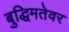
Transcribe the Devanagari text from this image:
बुद्धिमतेवर